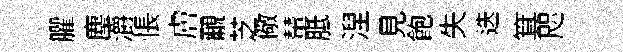
臞塵灂悵膚覼芝儆輦胝湼見飽失迭箕咫